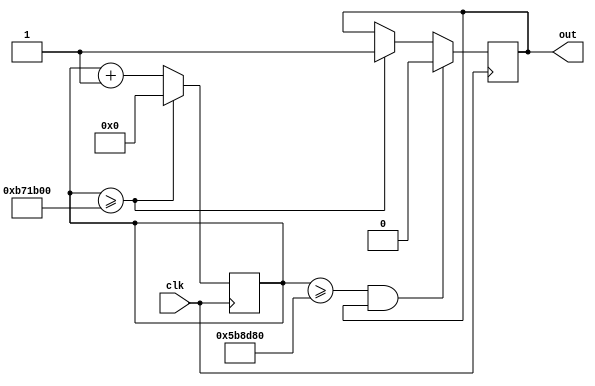
module pulse
    #(parameter PERIOD = 12000000,
      parameter PULSE_WIDTH = 6000000)
    (
        input clk,
        output reg out = 0
    );

    reg [31:0] count = PERIOD;

    always @(posedge clk) begin
        if (count >= PERIOD) begin
            out <= 1;
            count <= 0;
        end
        else begin
            count <= count + 1;
        end

        if (count >= PULSE_WIDTH && out) begin
            out <= 0;
        end
    end
endmodule //pulse